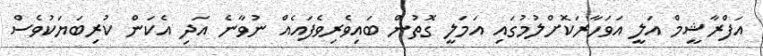
އަފްރާޝީމް އަލީ އަވަހާރަކޮށްލުމުގައި އަމަލީ ގޮތުން ބައިވެރިވެފައެއް ނުވާނެ އަދި އެކަން ކުރިބަޔަކުވެސް